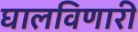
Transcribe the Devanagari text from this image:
घालविणारी